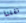
نقلنا